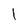
Character: 1